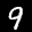
Digit: 9